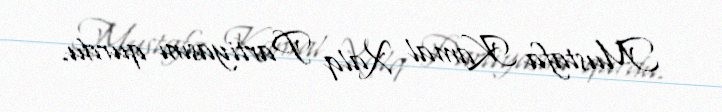
Mustafa Kamal Xalq Partiyasını qurdu.